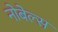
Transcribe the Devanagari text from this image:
नोबेल्स